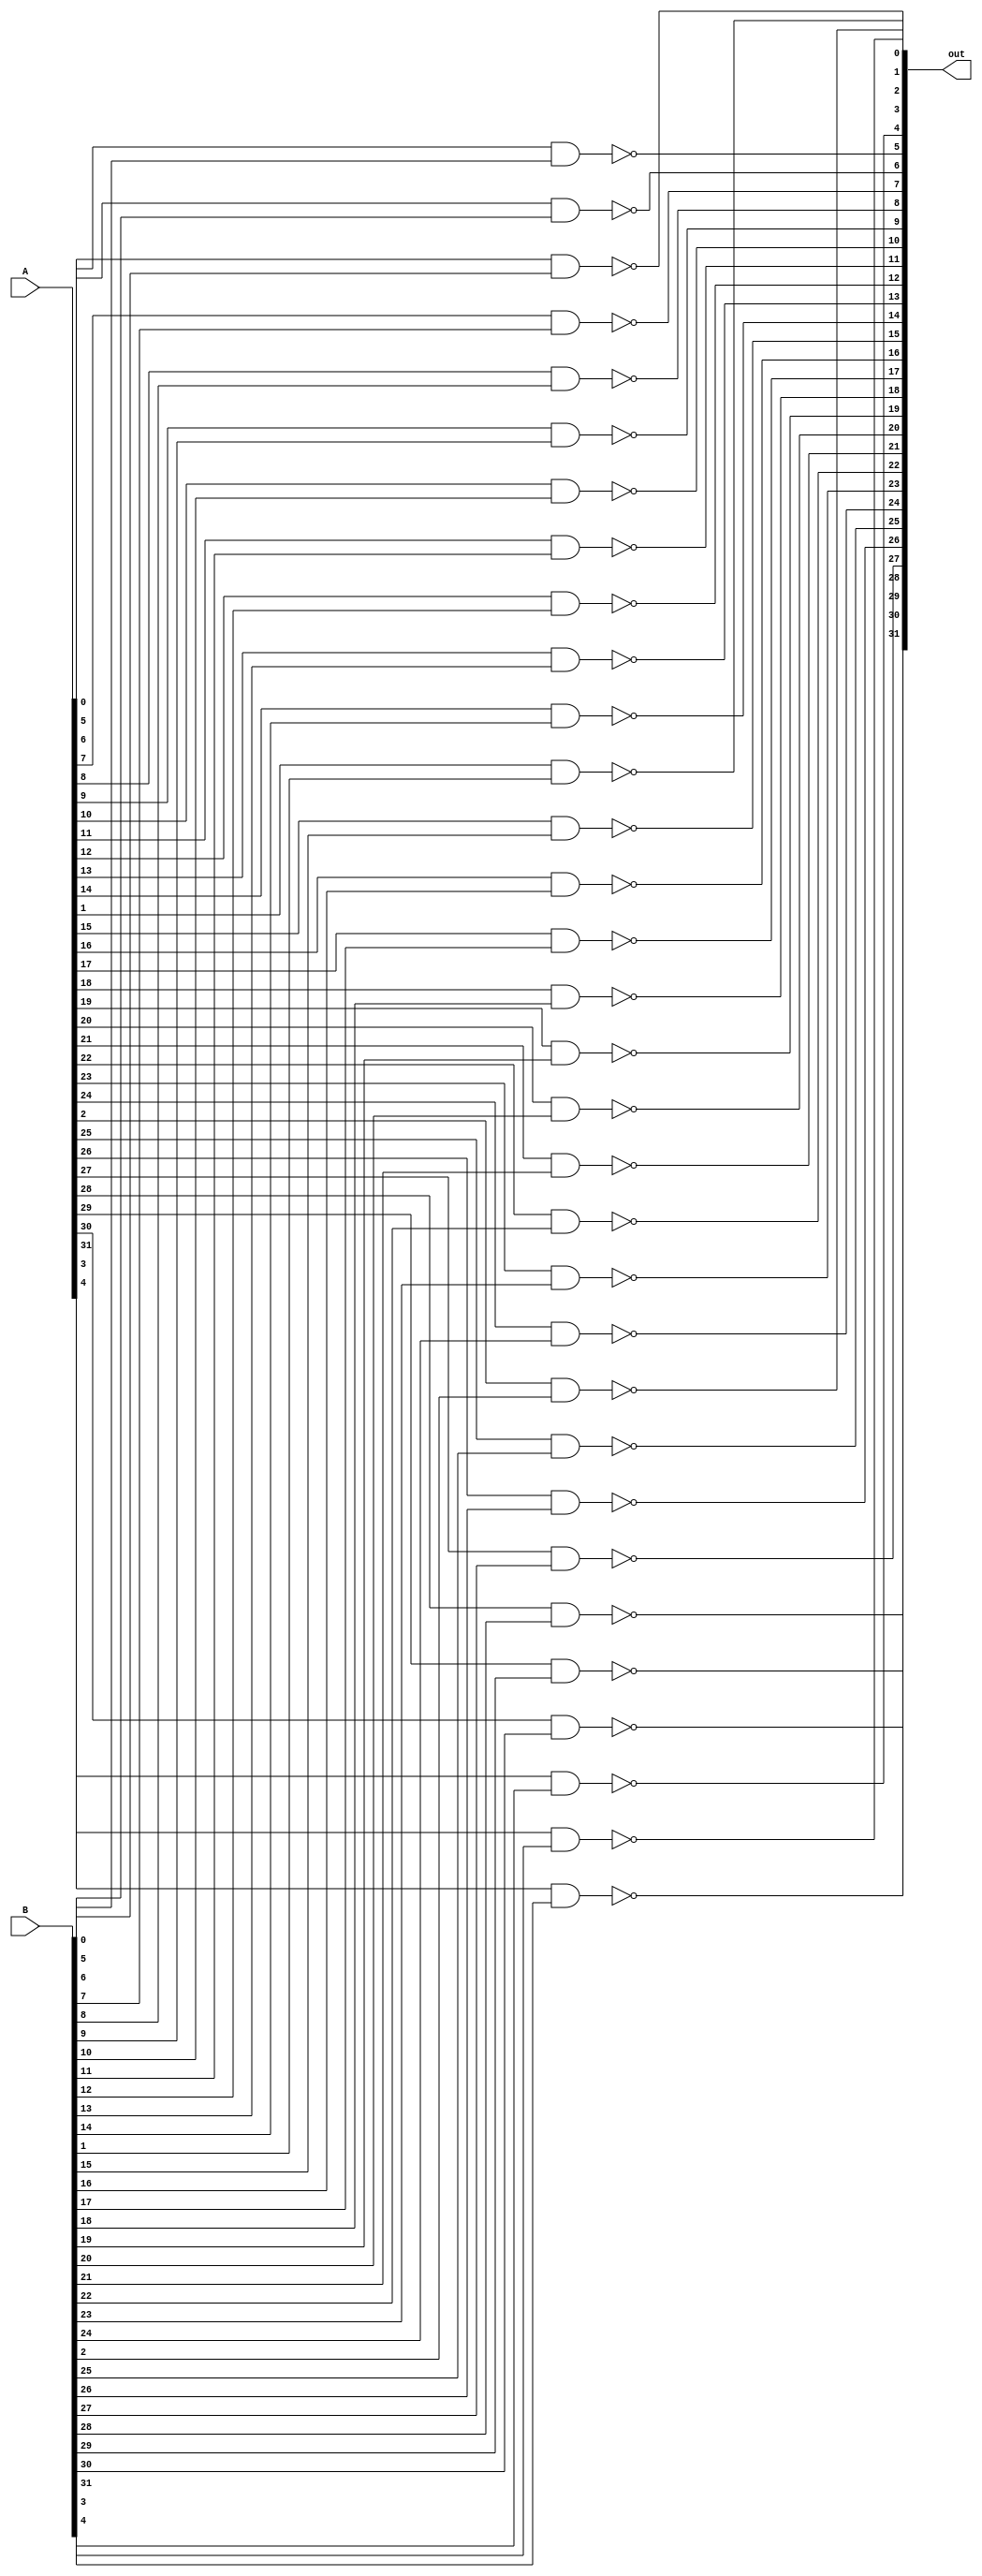
module Nand_32
(
    input [31:0] A,
    input [31:0] B,
    output [31:0] out
);
    genvar c;
    generate
        for(c=0; c<32; c = c+1)begin
            nand nand1(out[c], A[c], B[c]);
        end
    endgenerate
endmodule